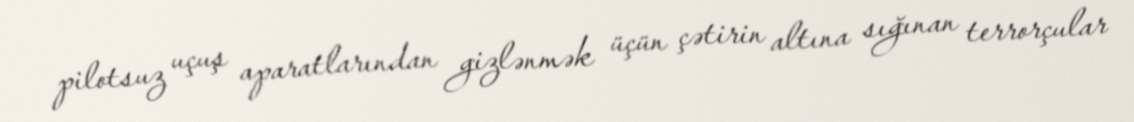
pilotsuz uçuş aparatlarından gizlənmək üçün çətirin altına sığınan terrorçular